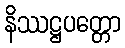
နိဿဋ္ဌပတ္တော